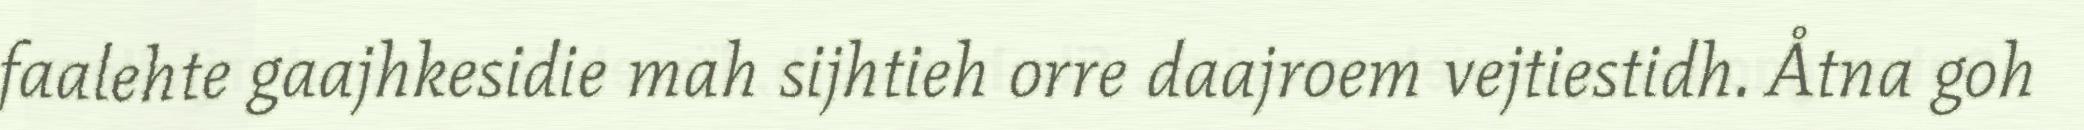
faalehte gaajhkesidie mah sijhtieh orre daajroem vejtiestidh. Åtna goh